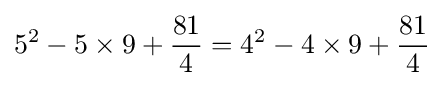
5^{2}-5\times 9+{\frac {81}{4}}=4^{2}-4\times 9+{\frac {81}{4}}